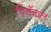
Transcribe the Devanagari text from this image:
पिनॅकल